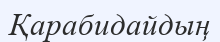
Қарабидайдың